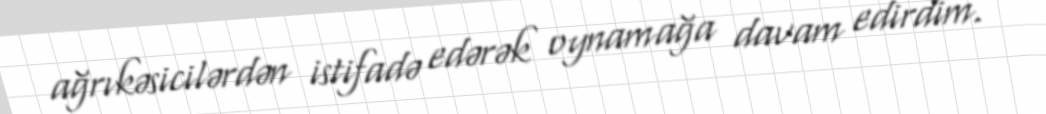
ağrıkəsicilərdən istifadə edərək oynamağa davam edirdim.